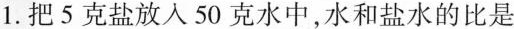
1. 把 5 克盐放入 50 克水中，水和盐水的比是